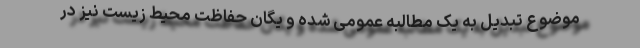
موضوع تبدیل به یک مطالبه عمومی شده و یگان حفاظت محیط زیست نیز در